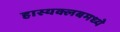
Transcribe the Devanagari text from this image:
हास्यक्लबमध्ये